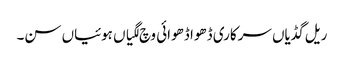
ریل گڈیاں سرکاری ڈھوا ڈھوائی وچ لگیاں ہوئیاں سن۔